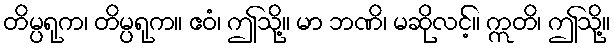
တိမ္ပရုက၊ တိမ္ပရုက။ ဧဝံ၊ ဤသို့။ မာ ဘဏိ၊ မဆိုလင့်။ ဣတိ၊ ဤသို့။